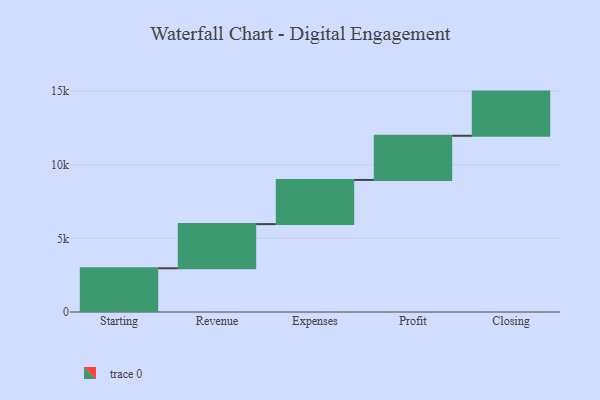
{"axis": {"x": "Step", "y": "Value"}, "legend": [""], "data": [{"x": "Starting", "y": 2970.0, "type": ""}, {"x": "Revenue", "y": 3000, "type": ""}, {"x": "Expenses", "y": 3000, "type": ""}, {"x": "Profit", "y": 3000, "type": ""}, {"x": "Closing", "y": 3000, "type": ""}]}